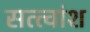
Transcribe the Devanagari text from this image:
सत्त्वांश